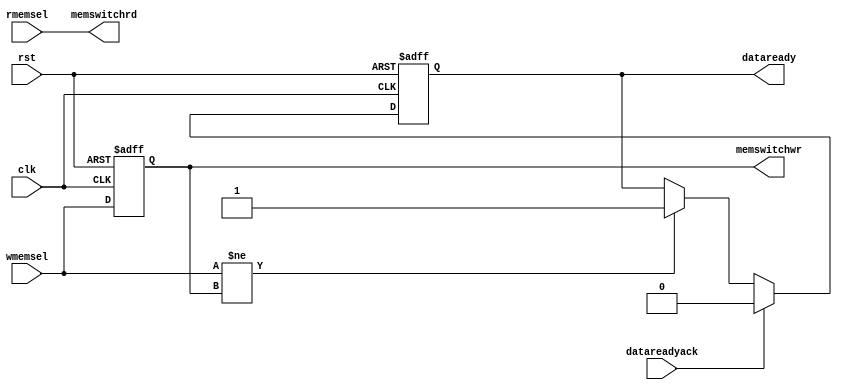
module DBUFCTL
(
 input wire  clk,
 input wire  rst,
 input wire  wmemsel,
 input wire  rmemsel,
 input wire  datareadyack,
 output wire memswitchwr,
 output wire memswitchrd,
 output reg  dataready
);


    reg      memswitchwr_reg;
    wire     memswitchrd_reg;

    assign memswitchwr = memswitchwr_reg;
    assign memswitchrd = memswitchrd_reg;
    assign memswitchrd_reg = rmemsel;
    
    always @(posedge clk or posedge rst) begin
	if(rst == 1'b1) begin
	    memswitchwr_reg <= 1'b0;
	    // initially mem 1 is selected
	    dataready <= 1'b0;
	end 
	else begin
	    memswitchwr_reg <= wmemsel;
	    if(wmemsel != memswitchwr_reg) begin
		dataready <= 1'b1;
	    end
	    if(datareadyack == 1'b1) begin
		dataready <= 1'b0;
	    end
	end
    end

endmodule